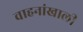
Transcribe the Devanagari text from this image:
वाहनांखाली